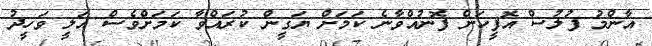
އާންމު ފުލުސް އޮފީހަށް ފޮނުއްވާނެ ކަމަށް ޔަގީން ކުރައްވާ ކަމަށްވެސް އަލީ ވަހީދު